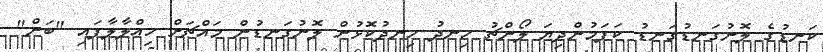
ކަނޑުގެ ލޮނުގަނޑުގަނޑު ކަފަމުންދިޔަ ލޯންޗު ހިނދު ހިނދުކޮޅުން ލޮނުގަނޑުން މައްޗަށް ހިއްލާލާފައި "ބަން"